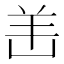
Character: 𫅎